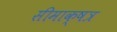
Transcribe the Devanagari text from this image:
सीमाक्षत्र